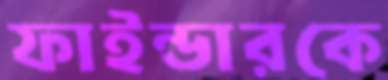
ফাইন্ডারকে